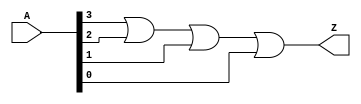
module or_4in_v (
  input [3:0] A,
  output Z
  );

  or(Z, A[3], A[2], A[1], A[0]);

endmodule //and_3in_v